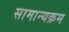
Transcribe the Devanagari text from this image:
सामान्यक्रम